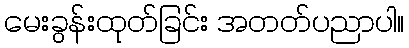
မေးခွန်းထုတ်ခြင်း အတတ်ပညာပါ။